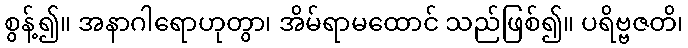
စွန့်၍။ အနာဂါရောဟုတွာ၊ အိမ်ရာမထောင် သည်ဖြစ်၍။ ပရိဗ္ဗဇတိ၊